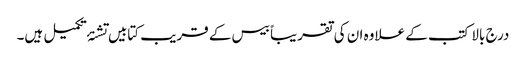
درج بالا کتب کے علاوہ ان کی تقریباً بیس کے قریب کتابیں تشنۂ تکمیل ہیں۔